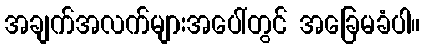
အချက်အလက်များအပေါ်တွင် အခြေမခံပါ။